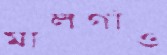
মালগাঁও